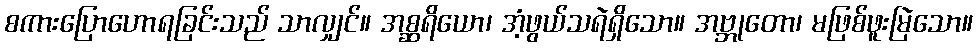
စကားပြောဟောရခြင်းသည် သာလျှင်။ အစ္ဆရိယော၊ အံ့ဖွယ်သရဲရှိသော။ အဗ္ဘုတော၊ မဖြစ်ဖူးမြဲသော။